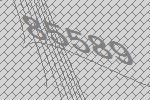
85589